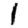
Digit: 1